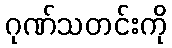
ဂုဏ်သတင်းကို